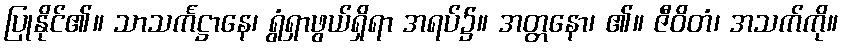
ပြုနိုင်၏။ သာသင်္ကဋ္ဌာနေ၊ ရွံရှာဖွယ်ရှိရာ အရပ်၌။ အတ္တနော၊ ၏။ ဇီဝိတံ၊ အသက်ကို။